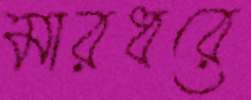
মারধরে